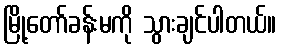
မြို့တော်ခန်းမကို သွားချင်ပါတယ်။